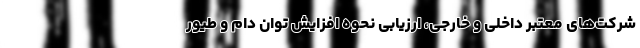
شرکت‌های معتبر داخلی و خارجی، ارزیابی نحوه افزایش توان دام و طیور